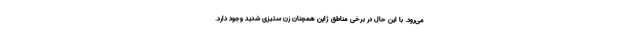
می‌رود. با این حال در برخی مناطق ژاپن همچنان زن ستیزی شدید وجود دارد.